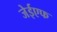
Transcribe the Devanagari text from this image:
जेईएफ